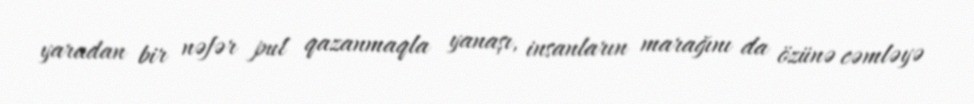
yaradan bir nəfər pul qazanmaqla yanaşı, insanların marağını da özünə cəmləyə